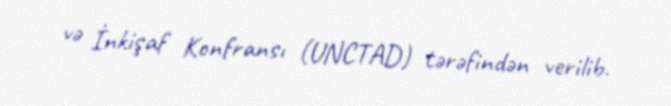
və İnkişaf Konfransı (UNCTAD) tərəfindən verilib.